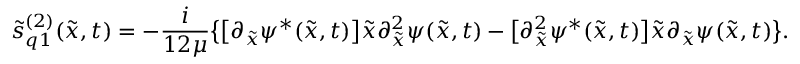
\tilde { s } _ { q 1 } ^ { ( 2 ) } ( \tilde { x } , t ) = - \frac { i } { 1 2 \mu } \bigl \{ \bigl [ \partial _ { \tilde { x } } \psi ^ { * } ( \tilde { x } , t ) \bigr ] \tilde { x } \partial _ { \tilde { x } } ^ { 2 } \psi ( \tilde { x } , t ) - \bigl [ \partial _ { \tilde { x } } ^ { 2 } \psi ^ { * } ( \tilde { x } , t ) \bigr ] \tilde { x } \partial _ { \tilde { x } } \psi ( \tilde { x } , t ) \bigr \} .